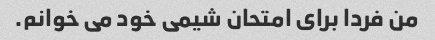
من فردا برای امتحان شیمی خود می خوانم.